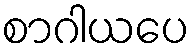
စာဂါယပေ